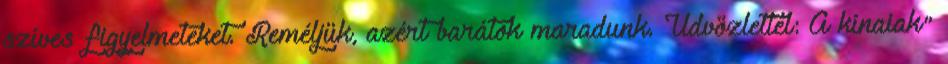
szíves figyelmeteket. Reméljük, azért barátok maradunk. Üdvözlettel: A kínaiak"